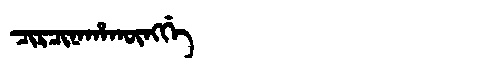
Manchu: ᠴᡳᡵᠴᡳᠨᠠᡥᠠᡴᡡᠩᡤᡝ
Romanization: CIRCINAHAKŪNGGE